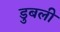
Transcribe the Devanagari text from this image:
डुबली